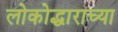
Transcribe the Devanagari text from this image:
लोकोद्धाराच्या